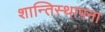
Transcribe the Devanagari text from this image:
शान्तिस्थापना